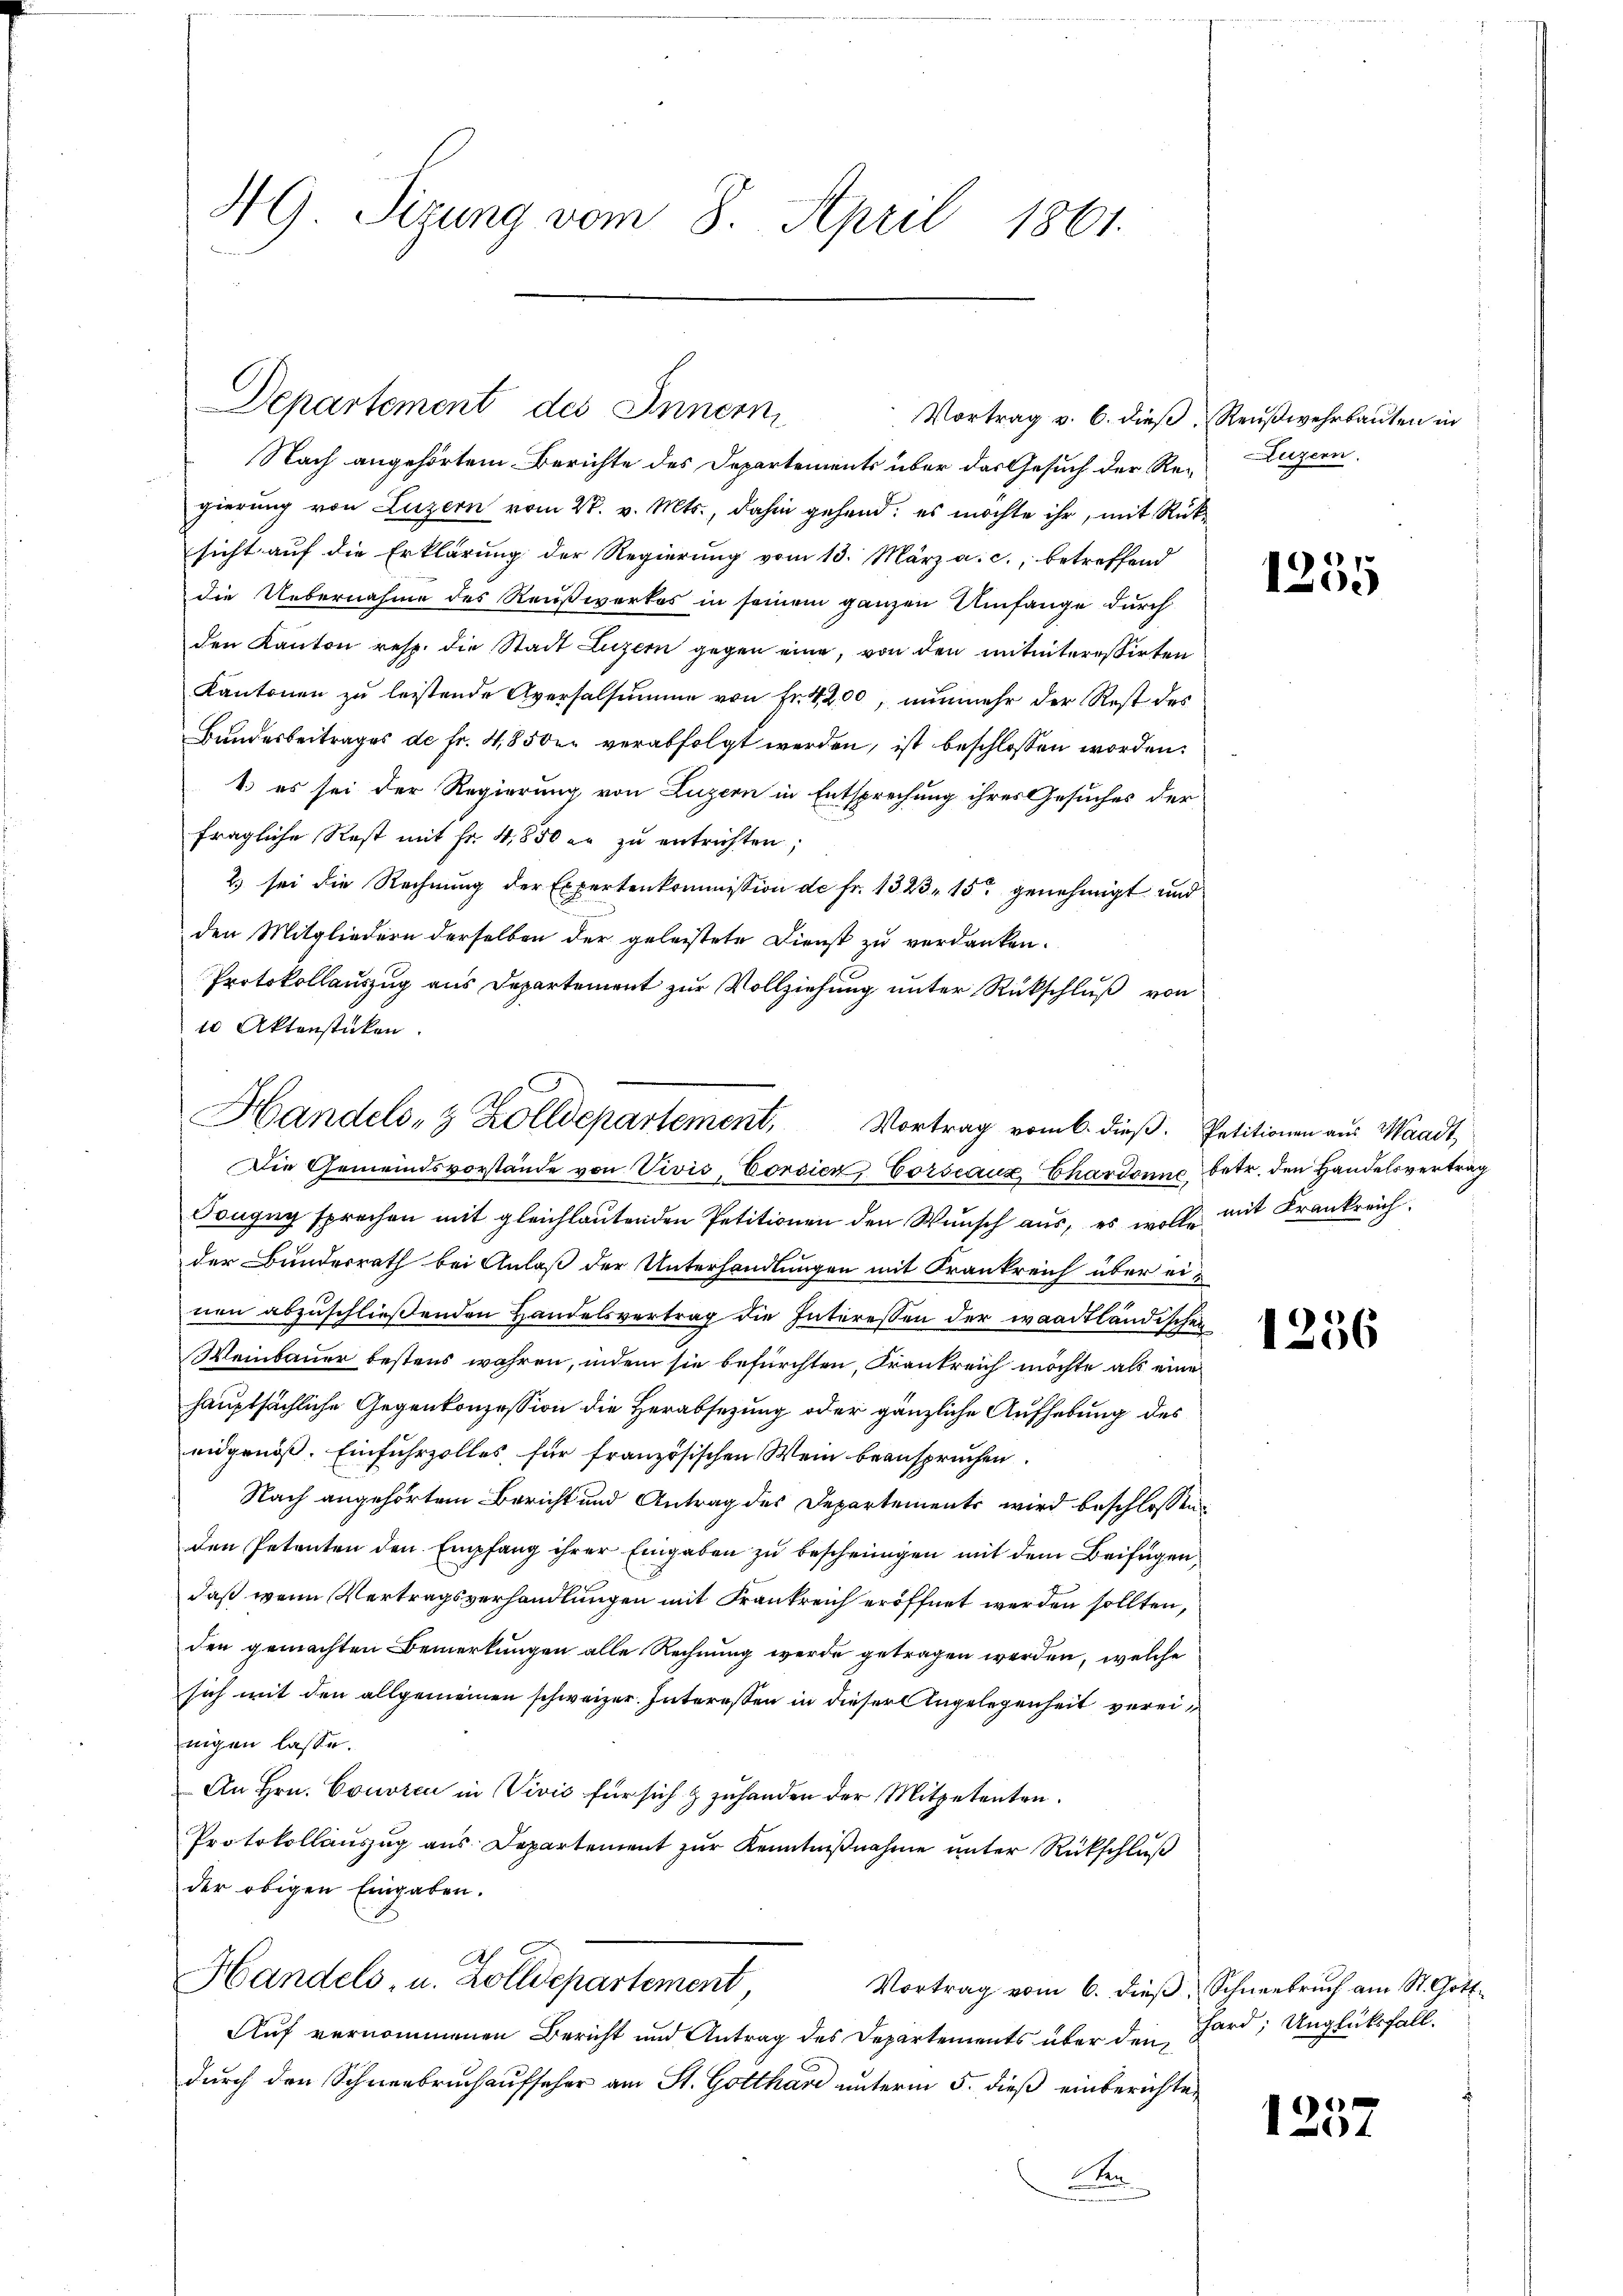
NG Sizung vom 8. April 1861.

Departement des Innern

Handels- 3 Zolldepartement, Vortrag vom 6. dieß. Petitionen aus Waadt,

Vortrag v. 6. dieβ.  Reŭβwehrbaŭten in
Nach angehörtem Berichte des Departements über das Gesuch der Re-Luzern.
gierung von Luzern vom 28. v. Mts., dahin gehend; es möchte ihr, mit Rücksicht auf die Erklärung der Regierung vom 13. März a. c., betreffend
die Uebernahme des Reußwerkes in seinem ganzen Umfange durch
den Kanton resp. die Stadt Luzern gegen eine, von den mitinteressirten
Kantonen zu leistende Aversalsumme von Fr. 4200, nunmehr der Rest des
Bundesbeitrages de fr. 4,8500. verabfolgt werden, ist beschlossen worden:
4.) es sei der Regierung von Luzern in Entsprechung ihres Gesuches der
fragliche Rest mit Fr. 4,850 er zu entrichten,
2) sei die Rechnung der Expertenkommission de fr. 1323. 15 genehmigt und
den Mitgliedern derselben der geleistete Dienst zu verdanken.
Protokollauszug aus Departement zur Vollziehung unter Rückschluß von
10 Aktenstücken.
Die Gemeindsvorstände von Vivis, Corsien, Corseaux Chardonne betr. den Handelsvertrag
Tougug sprechen mit gleichlautenden Petitionen den Wunsch aus, es wolle mit Frankreich
der Bunderrath bei Anlaß der Unterhandlungen mit Krankreich über einen abzuschließenden Handelsvertrag die Interessen der waadtländischen
Weinbauer bestens wahren, indem sie befürchten, Krankreich möchte als eine
hauptsächliche Gegenkonzession die Herabsetzung oder gänzliche Aufhebung des
eidgenöß. Einfuhrzolles für französischen Wein beanspruchen.
Nach angehörtem Bericht und Antrag des Departements wird beschlossene
den Petenten den Empfang ihrer Eingaben zu bescheinigen mit dem Beifügen,
daß wenn Vertragsverhandlungen mit Frankreich eröffnet werden sollten,
den gemachten Bemerkungen alle Rechnung werde getragen werden, welche
sich mit den allgemeinen schweizer. Intereßen in dieser Angelegenheit vereinigen lasse.
An Hrn. Consten in Vivić für sich & zuhanden der Mitpetenten.
Protokollauszug aus Departement zur Kenntnißnahme unter Rückschluß
der obigen Eingaben.
Ah
Handels- u. Zolldepartement,
Vortrag vom 6. dieβ, Schneebrŭch am St. Gott-
Auf vernommenen Bericht und Antrag des Departements über den
durch den Schneebruch aufseher am St. Gotthard unterm 5. dieß einberichten
Sen

1255

1256

hard, Unglücksfall.

1257